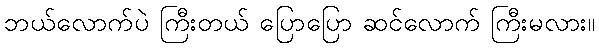
ဘယ်လောက်ပဲ ကြီးတယ် ပြောပြော ဆင်လောက် ကြီးမလား။